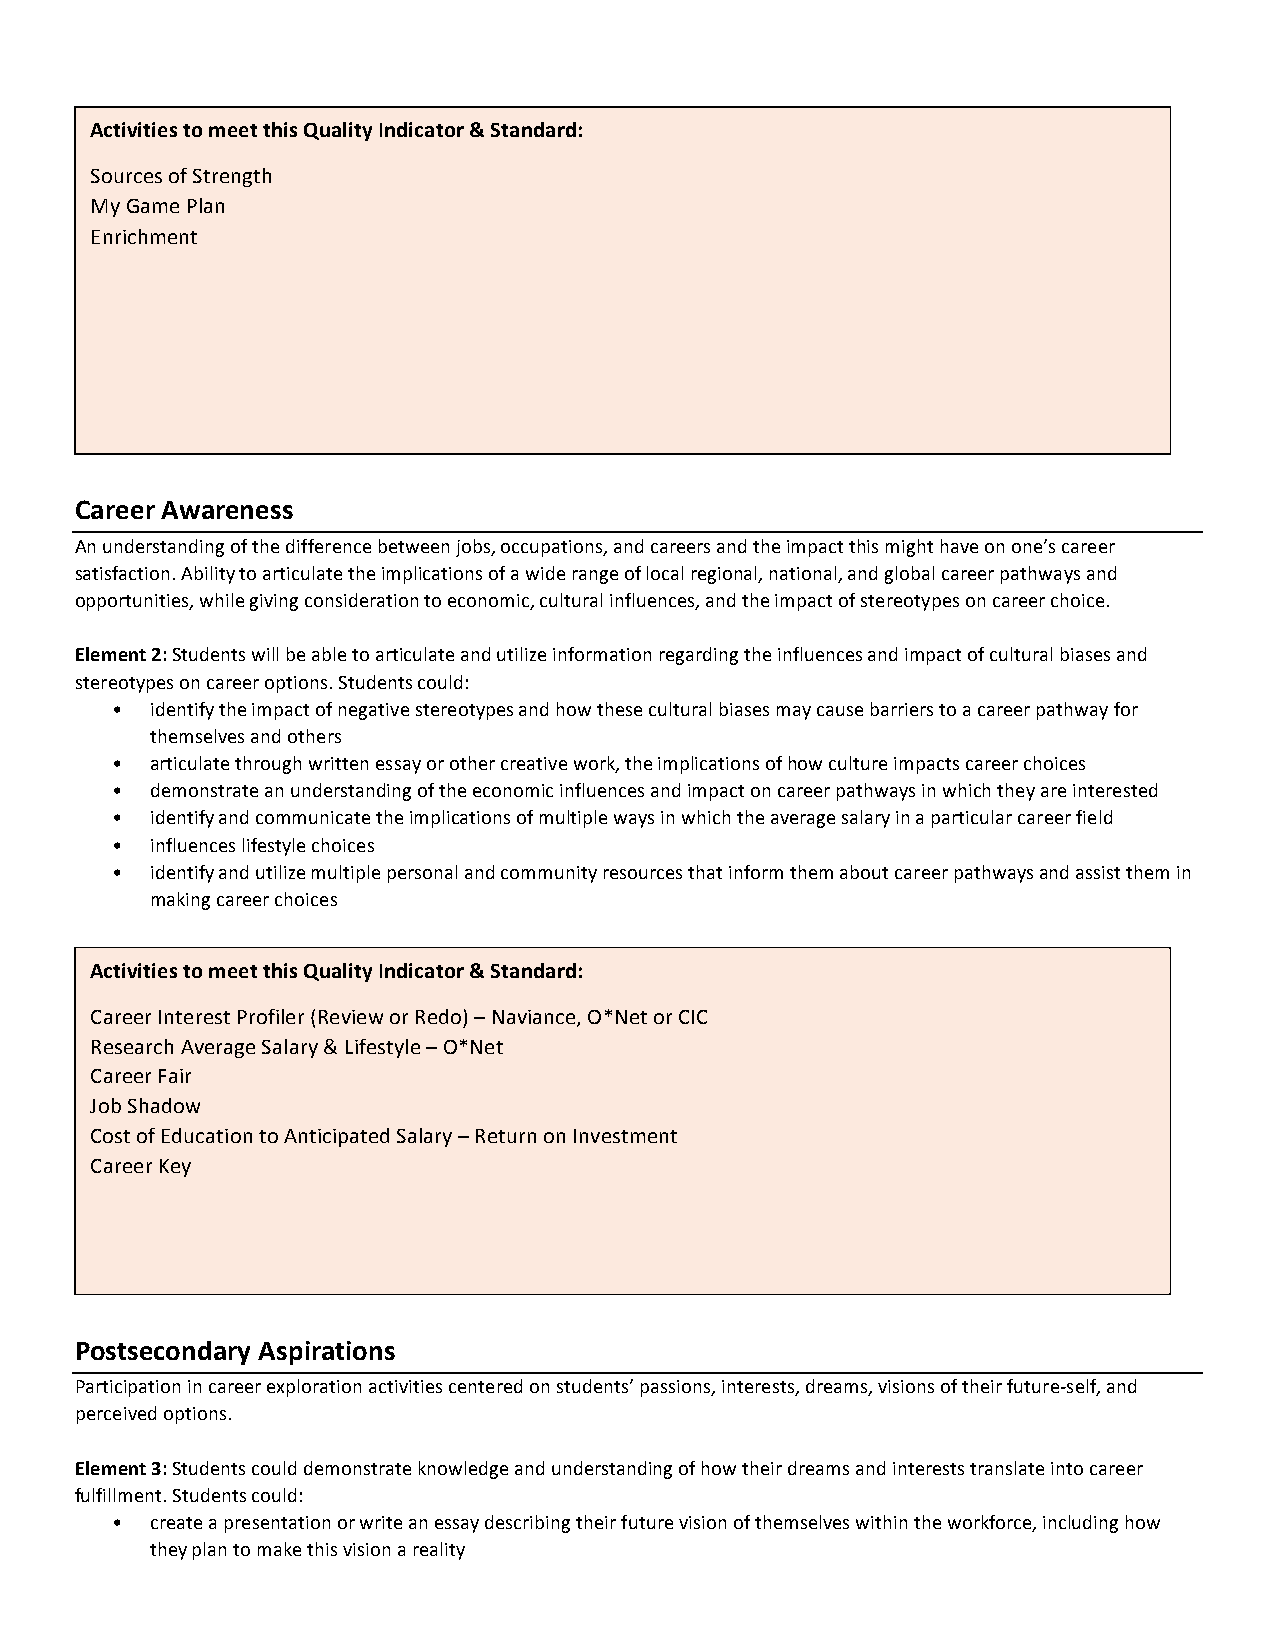
Activities to meet this Quality Indicator & Standard:
 Sources of Strength
 My Game Plan
 Enrichment
 Career Awareness
 An understanding of the difference between jobs, occupations, and careers and the impact this might have on one’s career
 satisfaction. Ability to articulate the implications of a wide range of local regional, national, and global career pathways and
 opportunities, while giving consideration to economic, cultural influences, and the impact of stereotypes on career choice.
 Element 2: Students will be able to articulate and utilize information regarding the influences and impact of cultural biases and
 stereotypes on career options. Students could:
 •  identify the impact of negative stereotypes and how these cultural biases may cause barriers to a career pathway for
 themselves and others
 •  articulate through written essay or other creative work, the implications of how culture impacts career choices
 •  demonstrate an understanding of the economic influences and impact on career pathways in which they are interested
 •  identify and communicate the implications of multiple ways in which the average salary in a particular career field
 •  influences lifestyle choices
 •  identify and utilize multiple personal and community resources that inform them about career pathways and assist them in
 making career choices
 Activities to meet this Quality Indicator & Standard:
 Career Interest Profiler (Review or Redo) – Naviance, O*Net or CIC
 Research Average Salary & Lifestyle – O*Net
 Career Fair
 Job Shadow
 Cost of Education to Anticipated Salary – Return on Investment
 Career Key
 Postsecondary Aspirations
 Participation in career exploration activities centered on students’ passions, interests, dreams, visions of their future-self, and
 perceived options.
 Element 3: Students could demonstrate knowledge and understanding of how their dreams and interests translate into career
 fulfillment. Students could:
 •  create a presentation or write an essay describing their future vision of themselves within the workforce, including how
 they plan to make this vision a reality